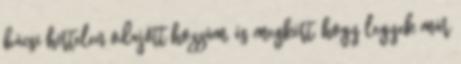
bácsi hirtelen odajött hozzám, és megkért, hogy legyek már